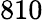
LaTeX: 810